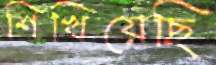
শিখিয়েছি